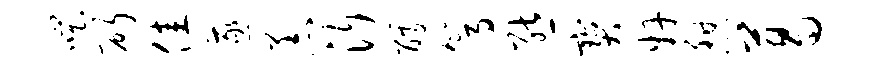
嗤斫佳遂恙沂醵篙熊宝奸憩葛